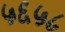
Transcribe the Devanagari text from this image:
५६५८